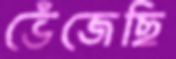
ভেঁজেছি